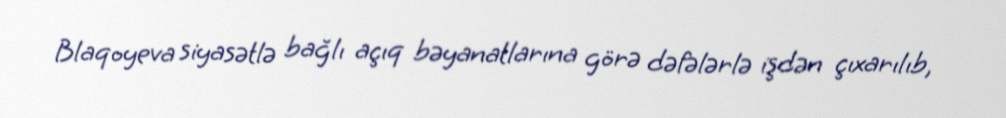
Blaqoyeva siyasətlə bağlı açıq bəyanatlarına görə dəfələrlə işdən çıxarılıb,